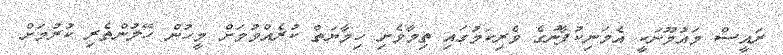
ރައީސް މައުމޫނަކީ އެމަނިކުފާނުގެ ވެރިކަމުގައި ތިމާވެށި ހިމާޔަތް ކުރެއްވުމަށް މީހުން ހޭލުންތެރި ކުރުމަށް